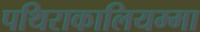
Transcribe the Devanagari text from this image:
पथिराकालियम्मा